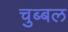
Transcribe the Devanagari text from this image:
चुब्बल